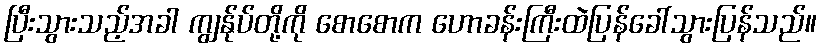
ပြီးသွားသည့်အခါ ကျွန်ုပ်တို့ကို စောစောက ဟောခန်းကြီးထဲပြန်ခေါ်သွားပြန်သည်။